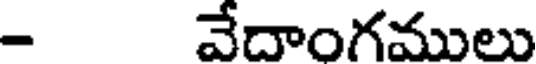
- వేదాంగములు